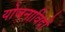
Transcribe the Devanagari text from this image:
योजनाविदों